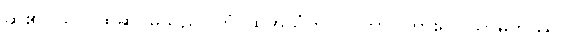
ဆို၏။ သာ၊ ထိုဆင်မသည်။ တံ၊ ထိုအသံကို။ သုတွာ၊ ကြား၍။ သာမိကဿ၊